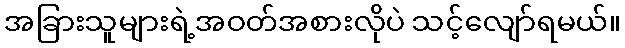
အခြားသူများရဲ့အဝတ်အစားလိုပဲ သင့်လျော်ရမယ်။